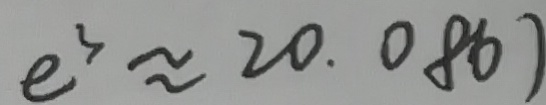
e ^ { 3 } \approx 2 0 . 0 8 6 )